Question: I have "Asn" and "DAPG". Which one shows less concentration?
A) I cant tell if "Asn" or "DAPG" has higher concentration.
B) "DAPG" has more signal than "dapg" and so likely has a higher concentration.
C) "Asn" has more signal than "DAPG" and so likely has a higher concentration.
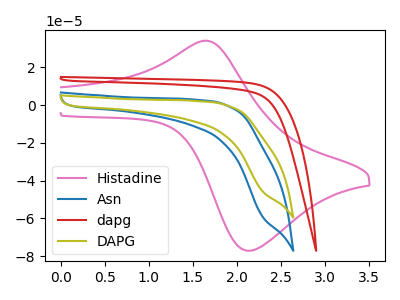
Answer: <think>The pink curve "Histadine" has an anodic peak at (1.65V, 34.00uA) and a cathodic peak at (2.10V, -77.10uA). The blue curve "Asn" has no peaks. The red curve "dapg" has no peaks. The olive curve "DAPG" has no peaks.
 Neither "Asn" or "DAPG" have any peaks.</think>
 <answer>A) I cant tell if "Asn" or "DAPG" has higher concentration.</answer>
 <eval>A</eval>